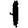
Digit: 1